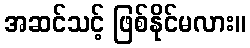
အဆင်သင့် ဖြစ်နိုင်မလား။